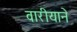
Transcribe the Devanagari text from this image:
वारीयाने